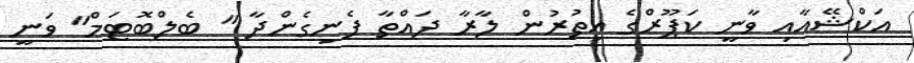
އަކްޝޭއާއި ވާނީ ކަޕޫރްގެ އިތުރުން ލާރާ ދައްތާ ފެނިގެންދާ " ބެލްބޮޓަމް" ވަނީ